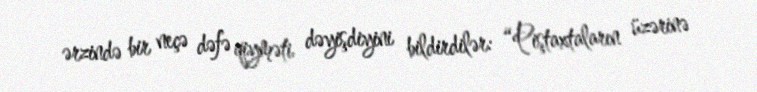
ərzində bir neçə dəfə qiyməti dəyişdiyini bildirdilər: “Piştaxtaların üzərinə